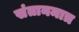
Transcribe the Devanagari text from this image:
संतानमात्र